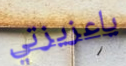
ياعزيزتي